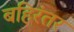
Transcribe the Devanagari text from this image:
बहिरंतर